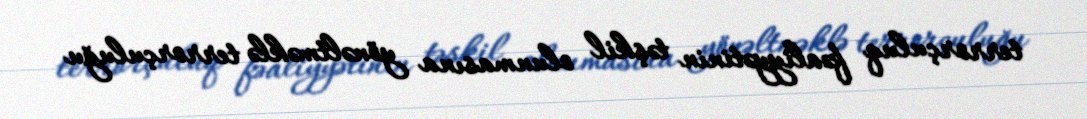
terrorçuluq fəaliyyətinin təşkil olunmasına yönəltməklə terrorçuluğu